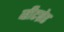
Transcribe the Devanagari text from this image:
व्हीटब्रेड